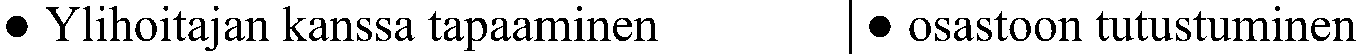
● Ylihoitajan kanssa tapaaminen ● osastoon tutustuminen